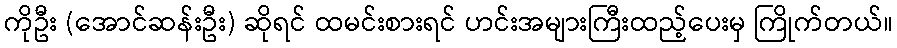
ကိုဦး (အောင်ဆန်းဦး) ဆိုရင် ထမင်းစားရင် ဟင်းအများကြီးထည့်ပေးမှ ကြိုက်တယ်။